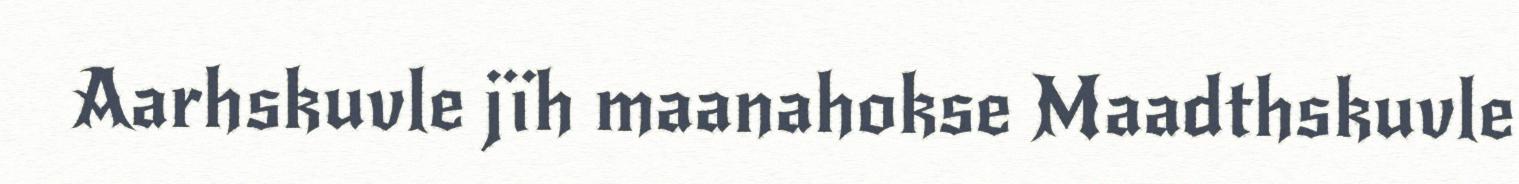
Aarhskuvle jïh maanahokse Maadthskuvle